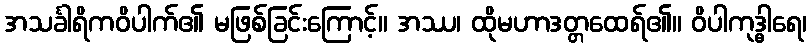
အသင်္ခါရိကဝိပါက်၏ မဖြစ်ခြင်းကြောင့်။ အဿ၊ ထိုမဟာဒတ္တထေရ်၏။ ဝိပါကုဒ္ဓါရေ၊